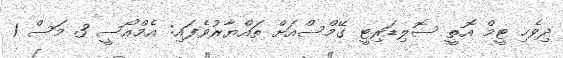
ދިވެހި ޓީމް އޮތީ ސޮލިޑަރިޓީ ގޭމްސްއަށް ތައްޔާރުވެފައި: އެމްއޯސީ 3 މަސް 1